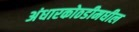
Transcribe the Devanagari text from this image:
अंधारकोठडीमधील